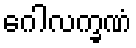
ဂေါလက္ခဏံ